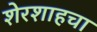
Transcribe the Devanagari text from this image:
शेरशाहचा